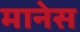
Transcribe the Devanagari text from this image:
मानेस